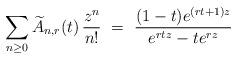
LaTeX: \begin{align*} \sum_{n \ge 0} \widetilde{A}_{n,r} (t) \, \frac{z^n}{n!} \ = \ \frac{(1-t) e^{(rt+1)z}} {e^{rtz} - te^{rz}}\end{align*}